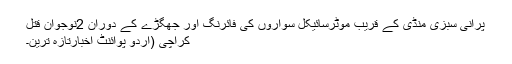
پرانی سبزی منڈی کے قریب موٹرسائیکل سواروں کی فائرنگ اور جھگڑے کے دوران 2نوجوان قتل
کراچی (اُردو پوائنٹ اخبارتازہ ترین۔